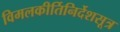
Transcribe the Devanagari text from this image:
विमलकीर्तिनिर्देशसूत्र